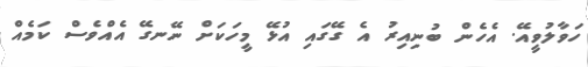
ހަވާލުވީއޭ. އެހެން ބުނިއިރު އެ ގޭގައި އުޅޭ މީހަކަށް ނޭނގޭ އެއްވެސް ކަމެއް